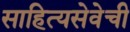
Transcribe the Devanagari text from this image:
साहित्यसेवेची